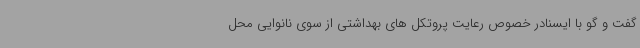
گفت و گو با ایسنادر خصوص رعایت پروتکل های بهداشتی از سوی نانوایی محل